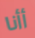
أأنا